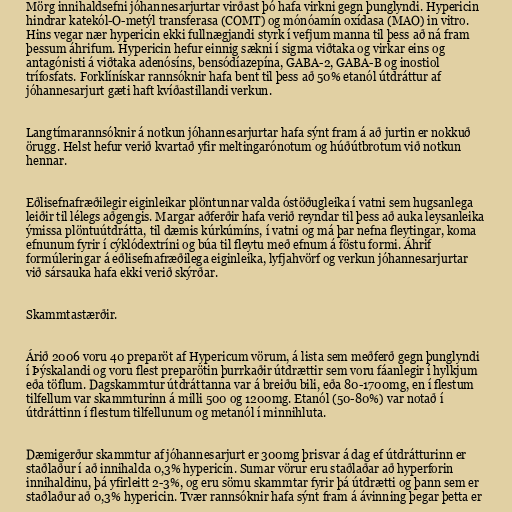
Mörg innihaldsefni jóhannesarjurtar virðast þó hafa virkni gegn þunglyndi. Hypericin
hindrar katekól-O-metýl transferasa (COMT) og mónóamín oxídasa (MAO) in vitro.
Hins vegar nær hypericin ekki fullnægjandi styrk í vefjum manna til þess að ná fram
þessum áhrifum. Hypericin hefur einnig sækni í sigma viðtaka og virkar eins og
antagónisti á viðtaka adenósíns, bensódíazepína, GABA-2, GABA-B og inostiol
trífosfats. Forklínískar rannsóknir hafa bent til þess að 50% etanól útdráttur af
jóhannesarjurt gæti haft kvíðastillandi verkun.

Langtímarannsóknir á notkun jóhannesarjurtar hafa sýnt fram á að jurtin er nokkuð
örugg. Helst hefur verið kvartað yfir meltingarónotum og húðútbrotum við notkun
hennar.

Eðlisefnafræðilegir eiginleikar plöntunnar valda óstöðugleika í vatni sem hugsanlega
leiðir til lélegs aðgengis. Margar aðferðir hafa verið reyndar til þess að auka leysanleika
ýmissa plöntuútdrátta, til dæmis kúrkúmíns, í vatni og má þar nefna fleytingar, koma
efnunum fyrir í cýklódextríni og búa til fleytu með efnum á föstu formi. Áhrif
formúleringar á eðlisefnafræðilega eiginleika, lyfjahvörf og verkun jóhannesarjurtar
við sársauka hafa ekki verið skýrðar.

Skammtastærðir.

Árið 2006 voru 40 preparöt af Hypericum vörum, á lista sem meðferð gegn þunglyndi
í Þýskalandi og voru flest preparötin þurrkaðir útdrættir sem voru fáanlegir í hylkjum
eða töflum. Dagskammtur útdráttanna var á breiðu bili, eða 80-1700mg, en í flestum
tilfellum var skammturinn á milli 500 og 1200mg. Etanól (50-80%) var notað í
útdráttinn í flestum tilfellunum og metanól í minnihluta.

Dæmigerður skammtur af jóhannesarjurt er 300mg þrisvar á dag ef útdrátturinn er
staðlaður í að innihalda 0,3% hypericin. Sumar vörur eru staðlaðar að hyperforin
innihaldinu, þá yfirleitt 2-3%, og eru sömu skammtar fyrir þá útdrætti og þann sem er
staðlaður að 0,3% hypericin. Tvær rannsóknir hafa sýnt fram á ávinning þegar þetta er